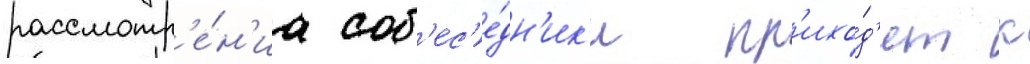
рассмотр'е́н'иа соб'ес'е́дн'ик'и пр'ихо́д'ят к